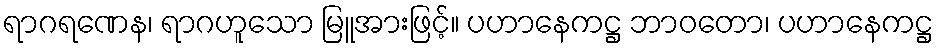
ရာဂရဏေန၊ ရာဂဟူသော မြူအားဖြင့်။ ပဟာနေကဋ္ဌ ဘာဝတော၊ ပဟာနေကဋ္ဌ